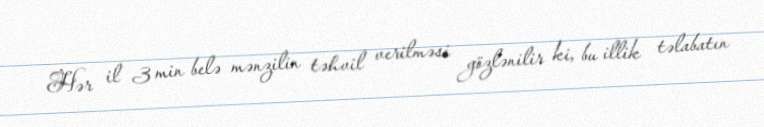
Hər il 3 min belə mənzilin təhvil verilməsi gözlənilir ki, bu illik təlabatın